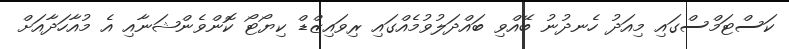
ކަސްޓަމްސްގައި މިއަދު ހެނދުނު ބޭއްވި ބައްދަލުވުމެއްގައި ރިވައިޒްޑް ކިޔޯޓޯ ކޮންވެންޝަނާއި އެ މުއާހަދާއަށް